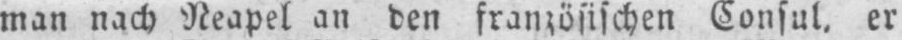
Consul, er